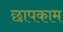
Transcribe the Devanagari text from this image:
छापकाम